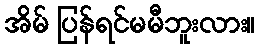
အိမ် ပြန်ရင်မမီဘူးလား။